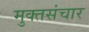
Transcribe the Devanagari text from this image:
मुक्तसंचार